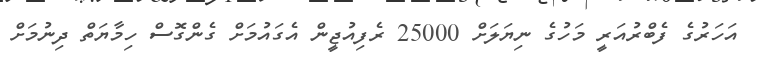
އަހަރުގެ ފެބްރުއަރީ މަހުގެ ނިޔަލަށް 25000 ރެފިއުޖީން އެގައުމަށް ގެންގޮސް ހިމާޔަތް ދިނުމަށް